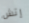
إتش